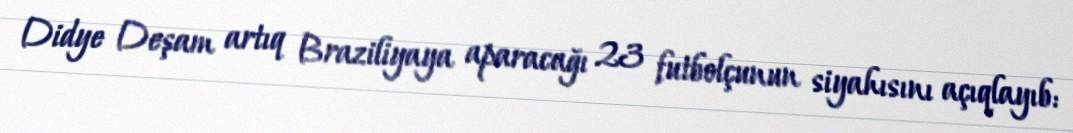
Didye Deşam artıq Braziliyaya aparacağı 23 futbolçunun siyahısını açıqlayıb: